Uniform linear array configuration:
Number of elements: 32
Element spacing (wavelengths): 0.25
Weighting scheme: exponential
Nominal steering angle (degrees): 0
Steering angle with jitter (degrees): -0.1713
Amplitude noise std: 0.05
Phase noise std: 0.05

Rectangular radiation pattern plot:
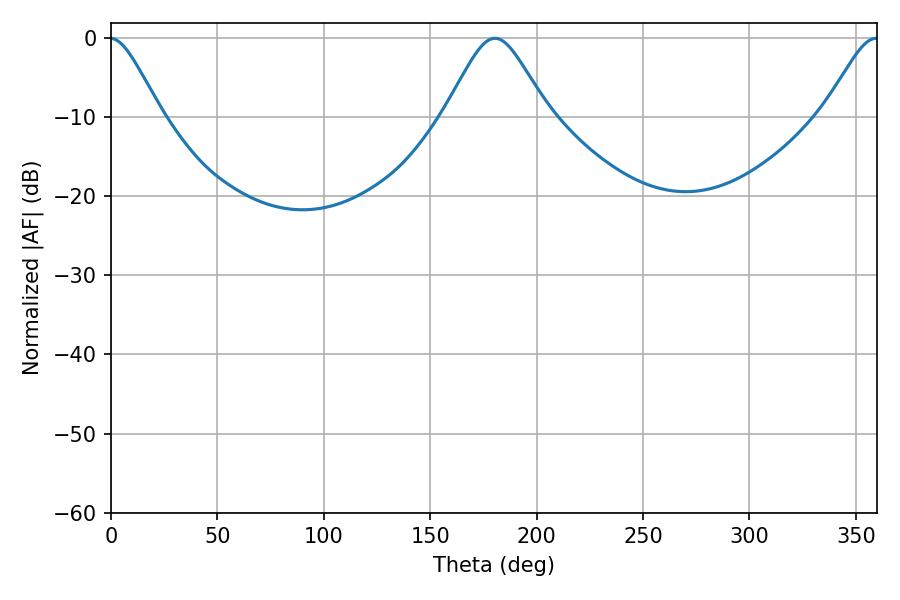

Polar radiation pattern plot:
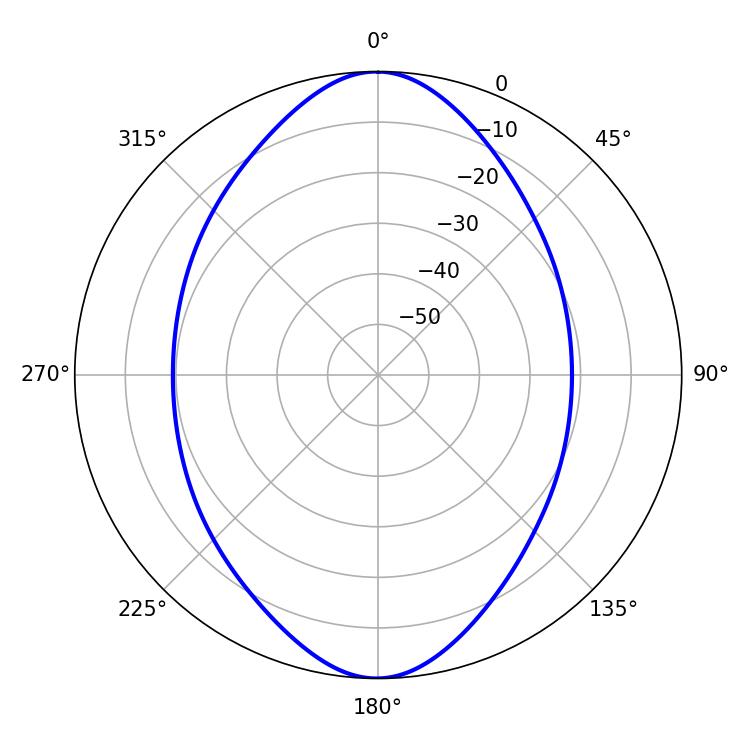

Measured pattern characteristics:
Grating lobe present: FALSE
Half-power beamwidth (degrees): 23.58
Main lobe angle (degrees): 180.36